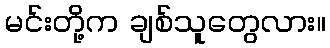
မင်းတို့က ချစ်သူတွေလား။